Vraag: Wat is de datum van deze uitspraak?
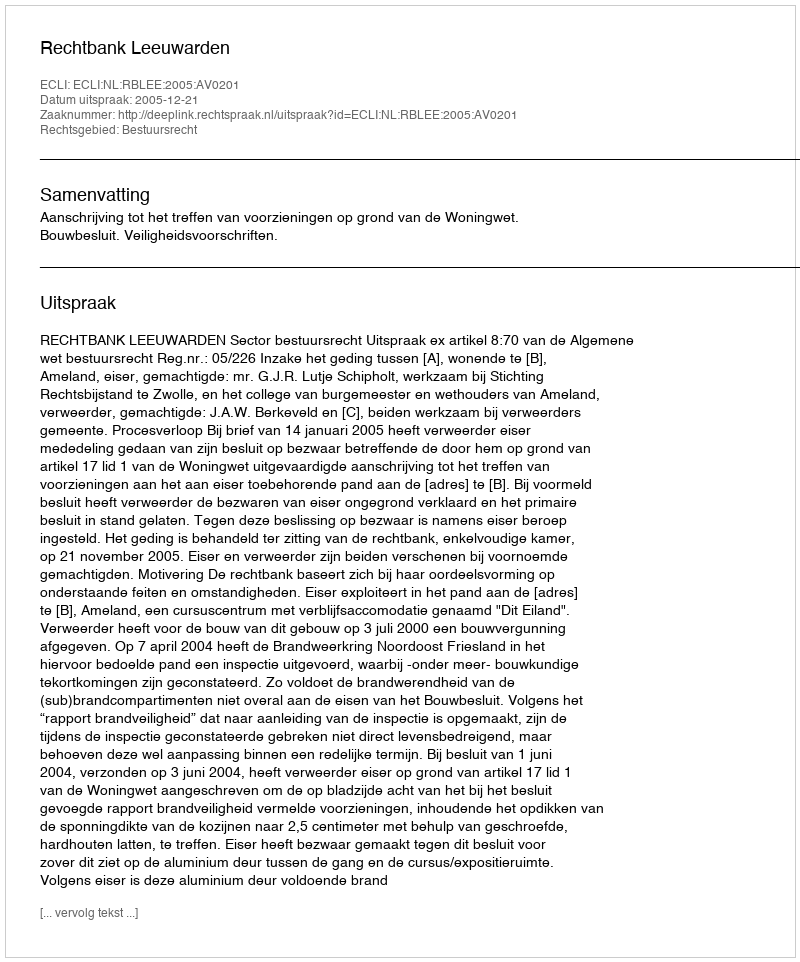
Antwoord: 2005-12-21